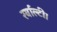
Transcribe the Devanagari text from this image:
रर्वाल्टी।